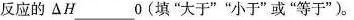
反应的\triangle H___O(填”大于””小于”或”等于”)。